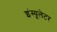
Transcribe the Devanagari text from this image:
इंस्यूलेटर